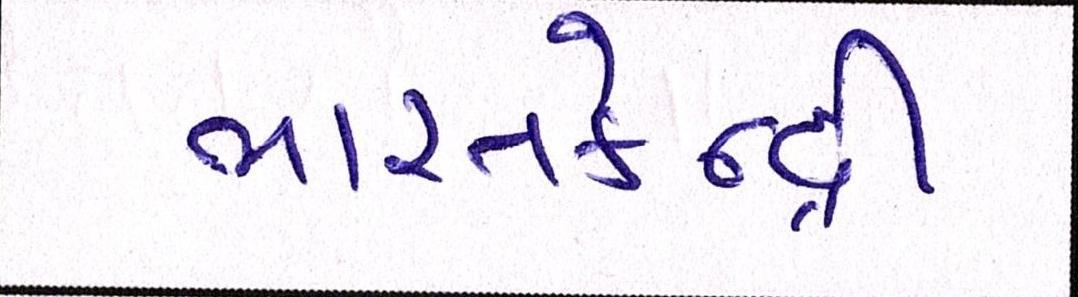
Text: ભારતકેન્દ્રી